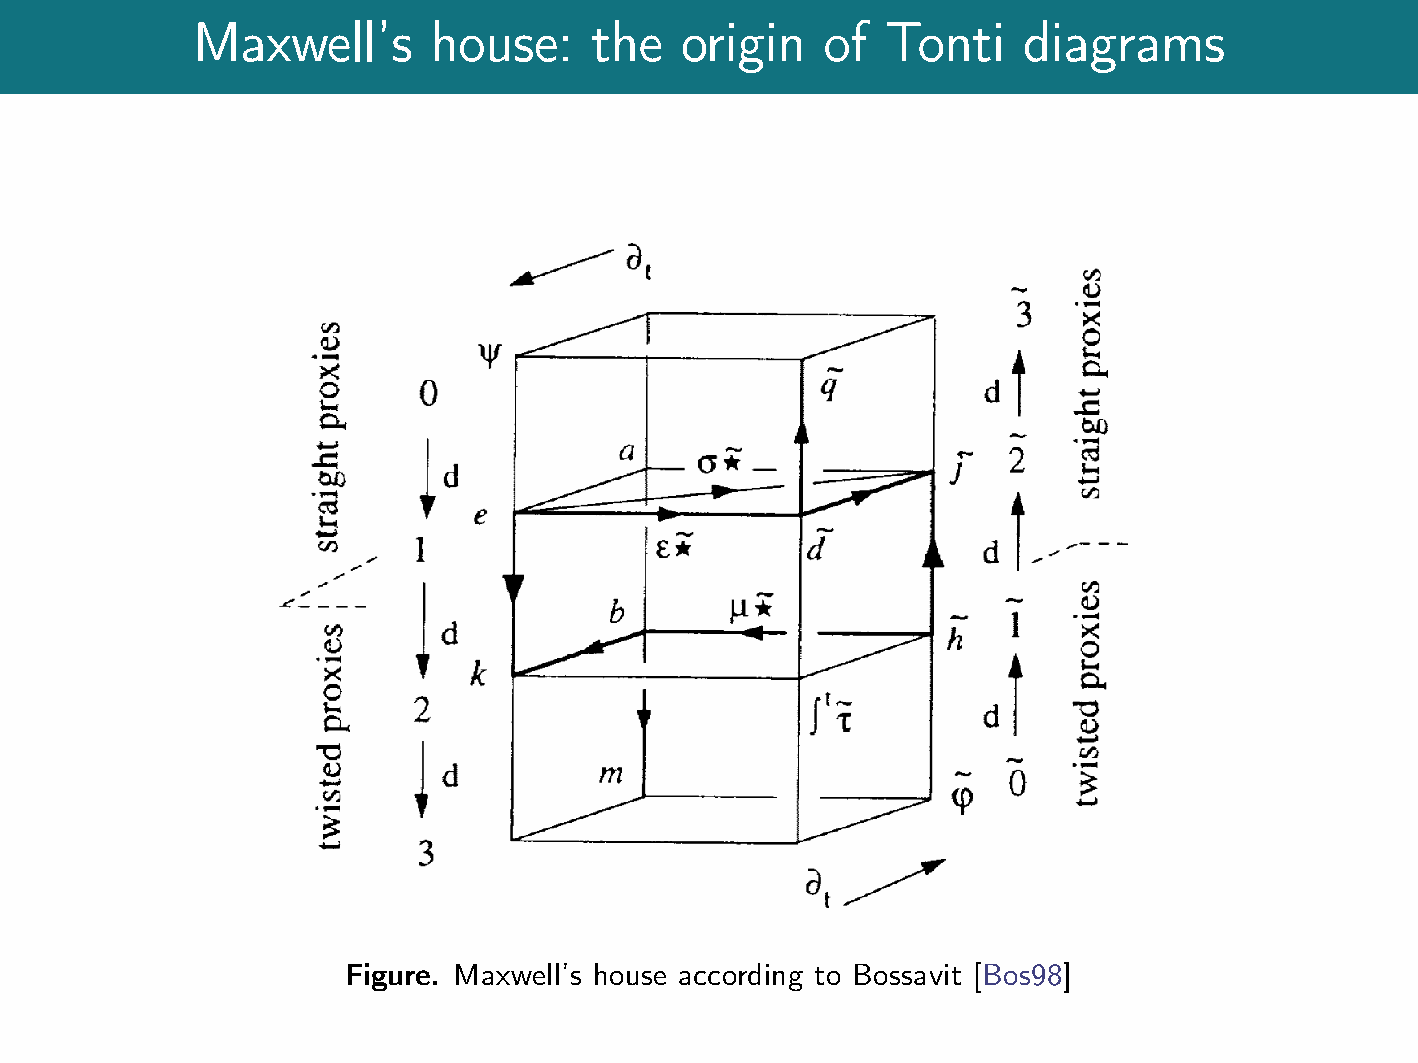
Maxwell's      house:     the   origin   of   Tonti    diagrams
 Figure. Maxwell's house according to Bossavit [Bos98]